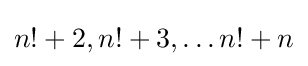
n!+2,n!+3,\dots n!+n